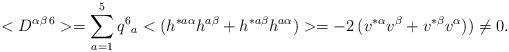
\begin{align*}<D^{\alpha \beta \,6}> = \sum_{a=1}^{5} q^6{}_a <( h^{* a \alpha} h^{a\beta} + h^{* a \beta} h^{a \alpha})> = -2 \, ( v^{* \alpha} v^{\beta} + v^{* \beta} v^{ \alpha})) \neq 0 .\end{align*}